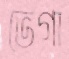
ভেগা